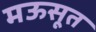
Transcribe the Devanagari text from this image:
मऊसूत